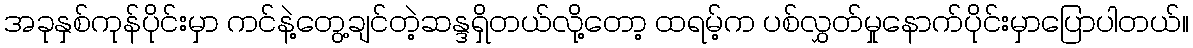
အခုနှစ်ကုန်ပိုင်းမှာ ကင်နဲ့တွေ့ချင်တဲ့ဆန္ဒရှိတယ်လို့တော့ ထရမ့်က ပစ်လွှတ်မှုနောက်ပိုင်းမှာပြောပါတယ်။